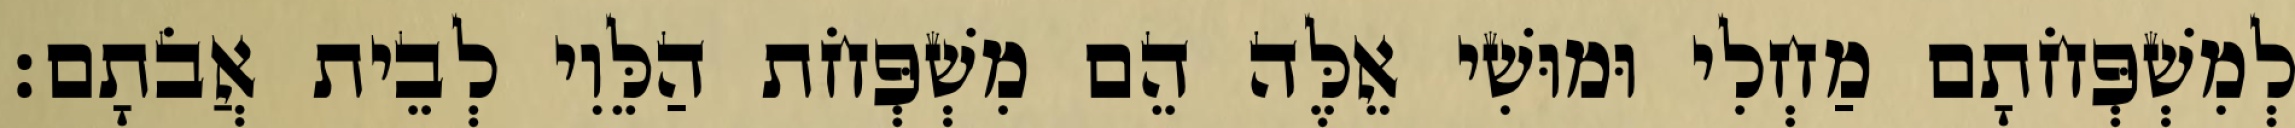
לְמִשְׁפְּחֹתָם מַחְלִי וּמוּשִׁי אֵלֶּה הֵם מִשְׁפְּחֹת הַלֵּוִי לְבֵית אֲבֹתָם׃